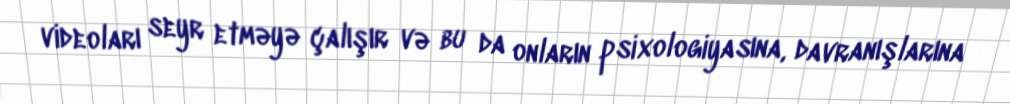
videoları seyr etməyə çalışır və bu da onların psixologiyasına, davranışlarına